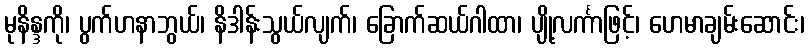
မုနိန္ဒကို၊ ပွက်ဟနာဘွယ်၊ နိဒါန်းသွယ်လျက်၊ ခြောက်ဆယ်ဂါထာ၊ ပျို့လင်္ကာဖြင့်၊ ဟေမာချမ်းဆောင်း၊